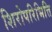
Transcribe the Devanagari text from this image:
शिरोपरिभित्ति